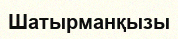
Шатырманқызы